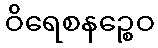
ဝိရေစနဉ္စေဝ